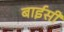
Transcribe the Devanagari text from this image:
बाईसी